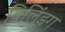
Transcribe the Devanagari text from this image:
बिलि्ंडग